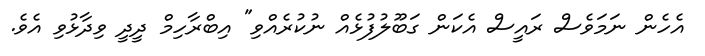
އެހެން ނަމަވެސް ރައީސް އެކަން ގަބޫލުފުޅެއް ނުކުރެއްވި" އިބްރާހިމް ދީދީ ވިދާޅުވި އެވެ.